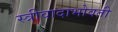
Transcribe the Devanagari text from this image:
स्त्रीवादाभोवती